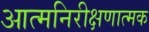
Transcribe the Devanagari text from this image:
आत्मनिरीक्षणात्मक